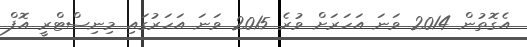
އެގޮތުން 2014 ވަނަ އަހަރަށް ވުރެ 2015 ވަނަ އަހަރުގައި މިނިސްޓްރީ އޮފް